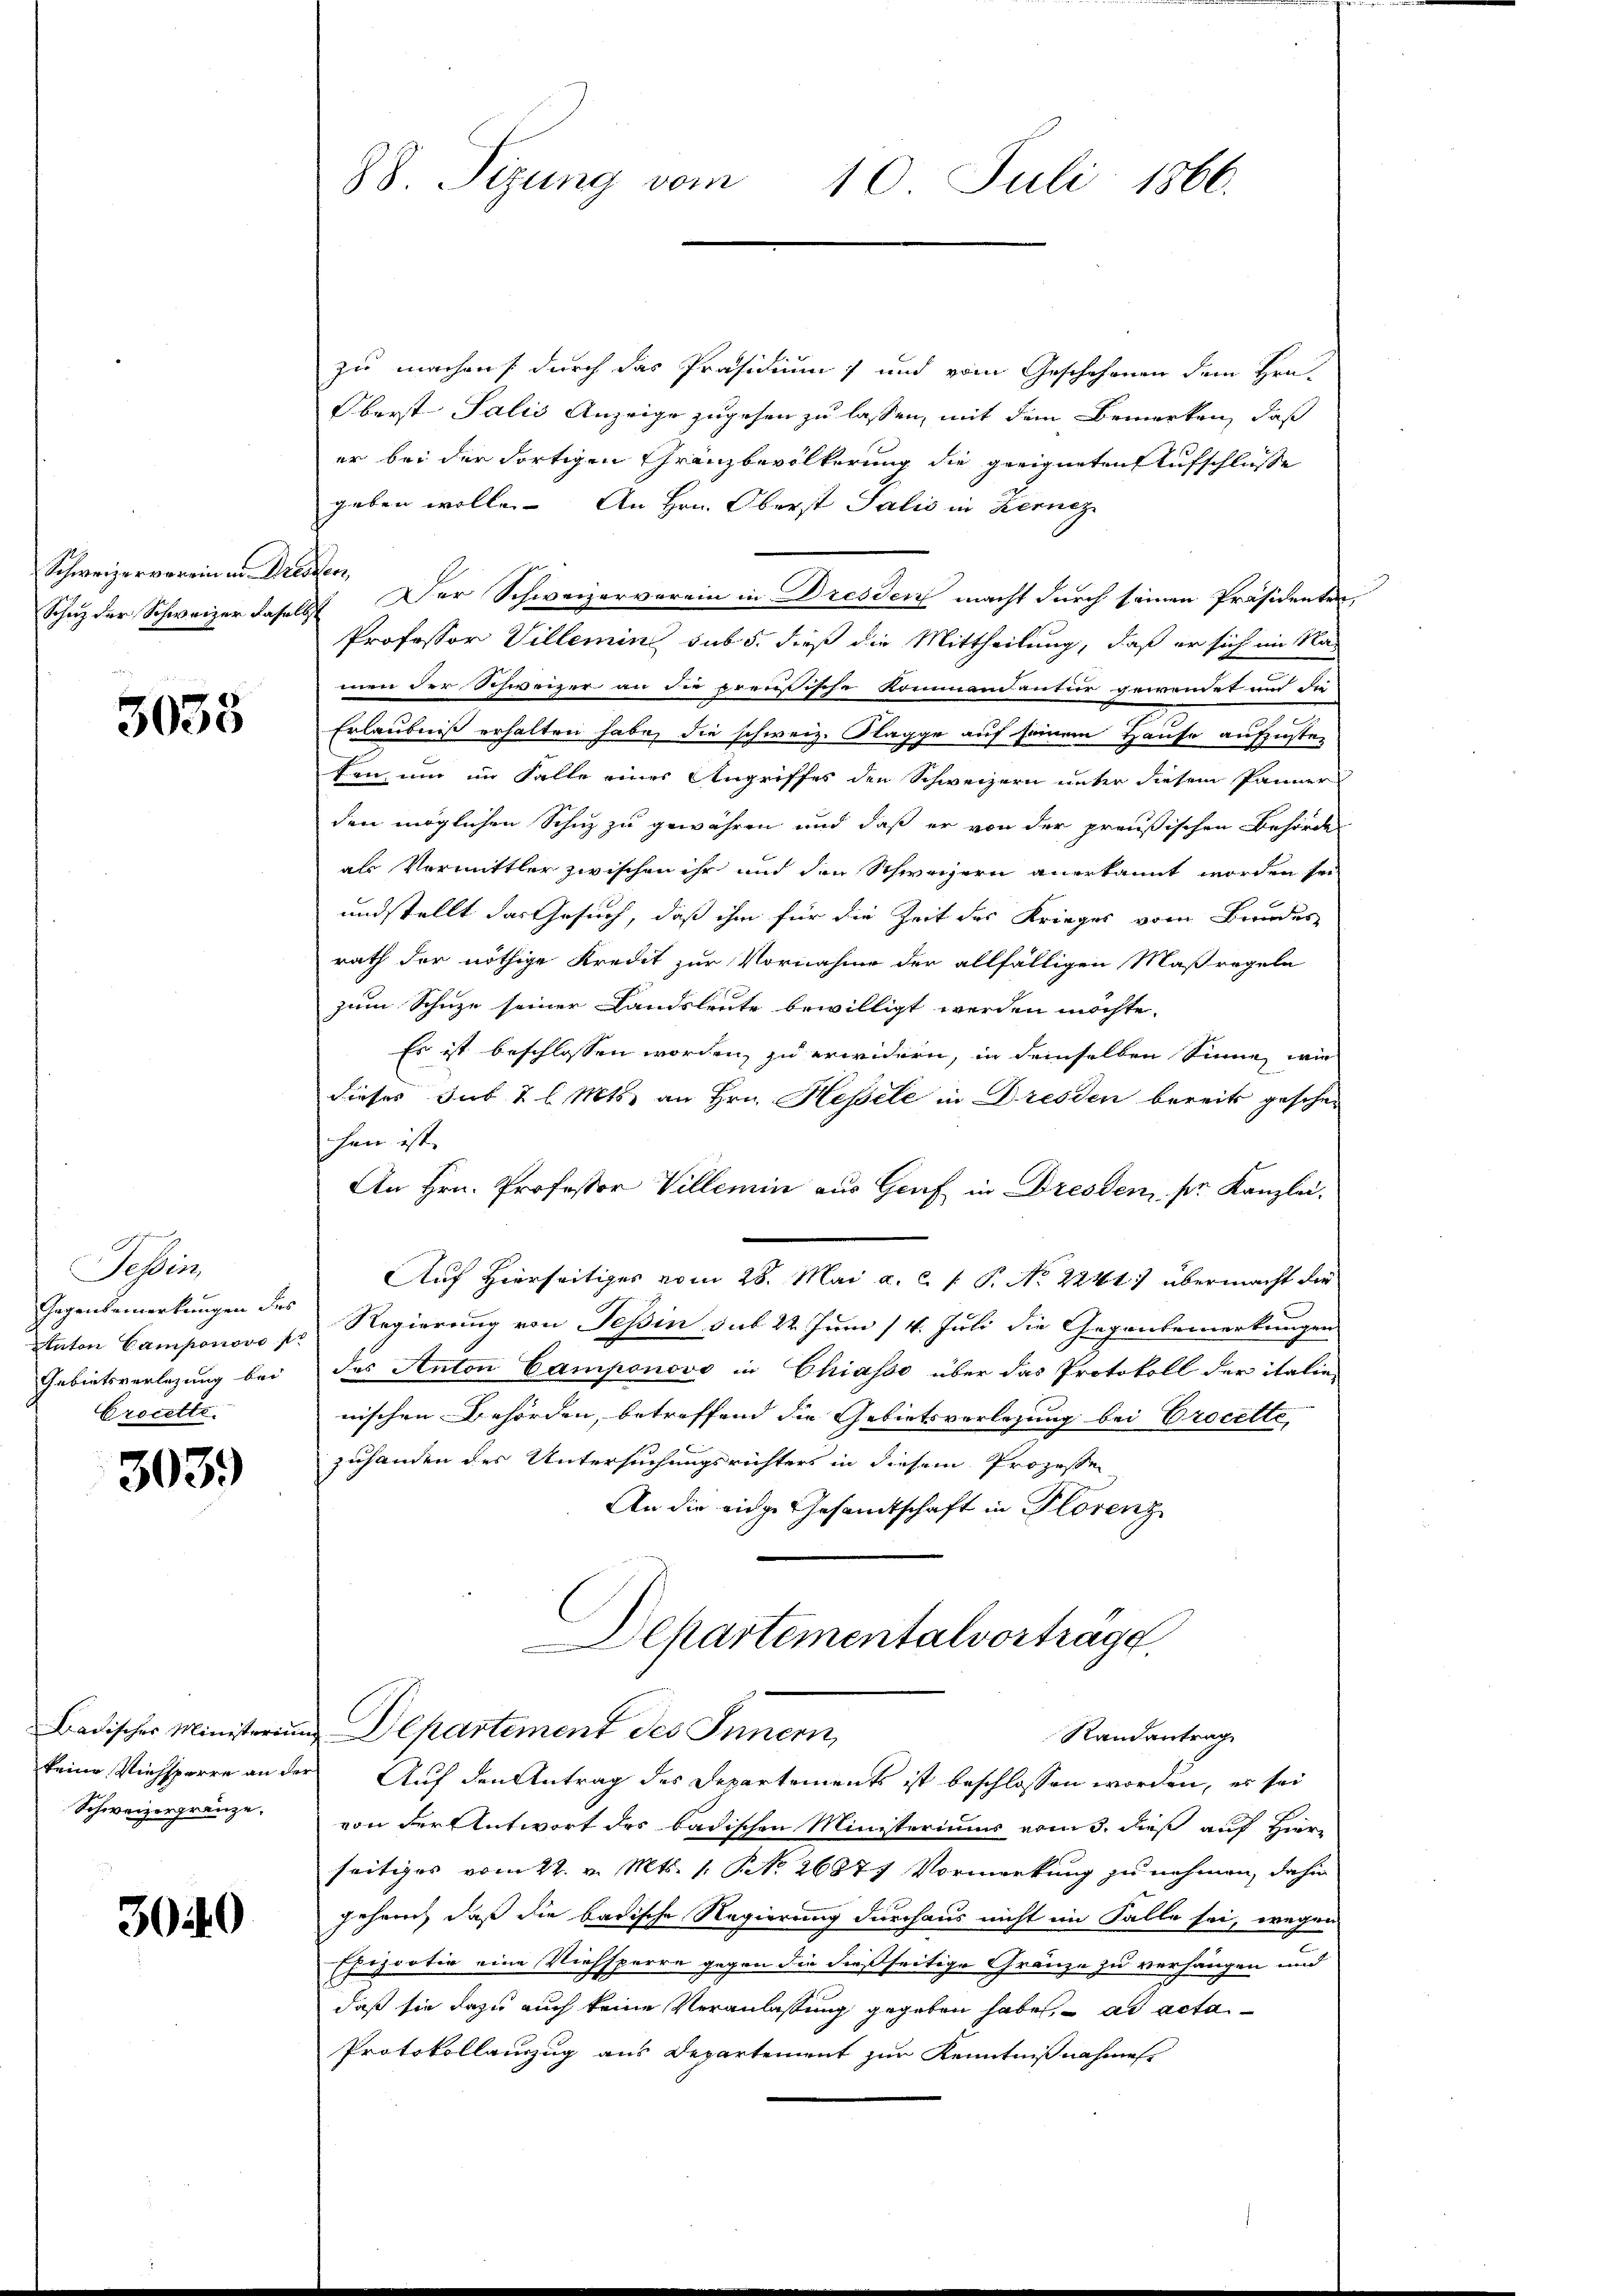
Schweizerverein in Art.
Schaz der Schweizer dasels

3033

Tessin,
Gegenbemerkungen der
Anton Camponovo
Gebietsverlesung bei
Crocette.

3039

Badisches Ministeriu
keine Viehsperre an der
Schweizergränze.

3040

88. Sizung vom 10. Juli 1866.

zu machen, durch das Präsidium, und vom Geschehenen dem Hrn.
Oberst Salis Anzeige zugehen zu lassen, mit dem Bemerken, daß
er bei der dortigen Gränzbevölkerung die geeigneten Aufschlüsse
geben wolle. An Hrn. Oberst Talić in Kernez
o
XI. Der Schweizerverein in Dresden macht durch seinen Präsidenten,
Professor Villemin sub 5. dieß die Mittheilung, daß er sich im Ra
men der Schweizer an die preußische Kommendantur gewendet und die
Erlaubniß erhalten habe, die schweiz. Nagge auf seinem Hause aufzuster-
ton, um im Falle eines Angriffes den Schweizern unter diesem Panner
den möglichen Schutz zu gewähren und daß er von der preußischen Behörde
als Vermittler zwischen ihr und den Schweizern anerkannt worden sei
undstellt das Gesuch, daß ihm für die Zeit des Krieges vom Bundes
rath der nöthige Kredit zur Vornahme der allfälligen Maßregeln
zum Schuze seiner Landsleute bewilligt werden möchte.
Es ist beschlossen worden, zu erwidern, in demselben Sinne, wie
dieses sub 2 l. Mts. an Hrn. Hessele in Dresden bereits geschen
hen ist. |
An Hrn. Professor Villemin aus Genf in Dresden pr. Kanzlei.
Auf Hierseitiges vom 28. Mai a. c. s. P. No 2241) übermacht die
Regierung von Tessin sub 22 Juni /4. Juli die Gegenbemerkungen.
des Anton Camponovo in Chiasso über das Protokoll der italie
nischen Behörden, betreffend die Gebietsverlesung bei Procette
zuhanden des Untersuchungsrichters in diesem Prozesse
An die eidge Gesamtschaft in Florenz
partementalvortrage
Departement des Innern,
Randantrag
Auf den Antrag des Departements ist beschlossen worden, es sei
von der Antwort des badischen Ministeriums vom 3. dieß auf Hier
seitiges vom 22. v. Mts. 1. No 26877 Vormerkung zu nehmen, dahin
Jahren, daß die badische Regierung durchaus nicht im Falle sei, wegen
Epizootiv eine Viehsperre gegen die dießseitige Gränze zu verhängen und
daß sie dazu auch keine Veranlaßung gegeben habe, ad acta
Protokollauszug aus Departement zur Kenntnißnahmes